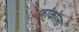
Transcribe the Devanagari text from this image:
फ्रांकोला